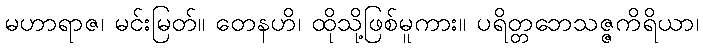
မဟာရာဇ၊ မင်းမြတ်။ တေနဟိ၊ ထိုသို့ဖြစ်မူကား။ ပရိတ္တဘေသဇ္ဇကိရိယာ၊